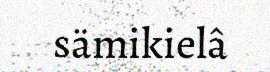
sämikielâ